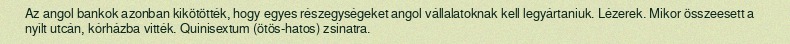
Az angol bankok azonban kikötötték, hogy egyes részegységeket angol vállalatoknak kell legyártaniuk. Lézerek. Mikor összeesett a nyílt utcán, kórházba vitték. Quinisextum (ötös-hatos) zsinatra.